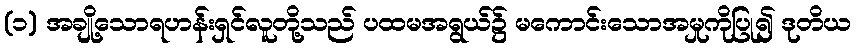
(၁) အချို့သောရဟန်းရှင်လူတို့သည် ပထမအရွယ်၌ မကောင်းသောအမှုကိုပြု၍ ဒုတိယ